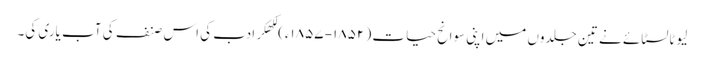
لیوٹالسٹائے نے تین جلدوں میں اپنی سوانح حیات ( ۱۸۵۲- ۱۸۵۷ء) لکھکر ادب کی اس صنف کی آب یاری کی۔